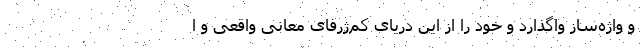
و واژه‌ساز واگذارد و خود را از این دریای کم‌ژرفای معانی واقعی و ا